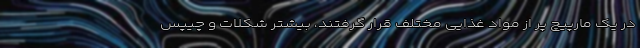
در یک مارپیچ پر از مواد غذایی مختلف قرار گرفتند، بیشتر شکلات و چیپس